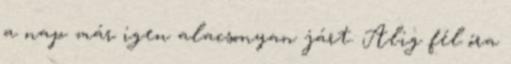
a nap már igen alacsonyan járt. Alig fél óra